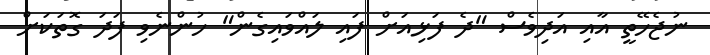
ނުޖެހޭތީ އާއި އަދިވެސް "ދެ ފަޅިއަށް ފައި ލައްވައިގެން" ހުންނެވި ފަދަ ގޮތަކަށް